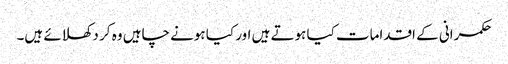
حکمرانی کے اقدامات کیا ہوتے ہیں اور کیا ہونے چاہیں وہ کر دکھلائے ہیں۔